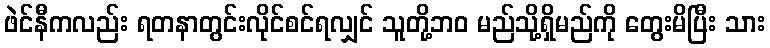
ဖဲင်နီကလည်း ရတနာတွင်းလိုင်စင်ရလျှင် သူတို့ဘဝ မည်သို့ရှိမည်ကို တွေးမိပြီး သား